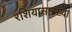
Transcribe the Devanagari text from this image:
रशियासारख्या